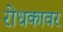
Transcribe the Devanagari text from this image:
रोधकावर